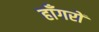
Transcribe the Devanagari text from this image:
हाँगरों